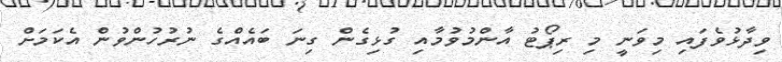
ވިދާޅުވެފައި މިވަނީ މި ރިޕޯޓު އާންމުވުމާއި ގުޅިގެން ގިނަ ބައެއްގެ ނުރުހުންވުން އެކަމަށް